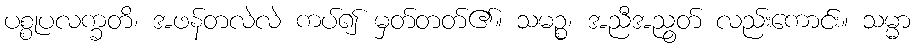
ပစ္စုပလက္ခတိ၊ အဖန်တလဲလဲ ကပ်၍ မှတ်တတ်၏။ သမဉ္စ၊ အညီအညွတ် လည်းကောင်း။ သမ္မာ